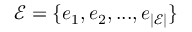
\mathcal { E } = \{ e _ { 1 } , e _ { 2 } , . . . , e _ { | \mathcal { E } | } \}